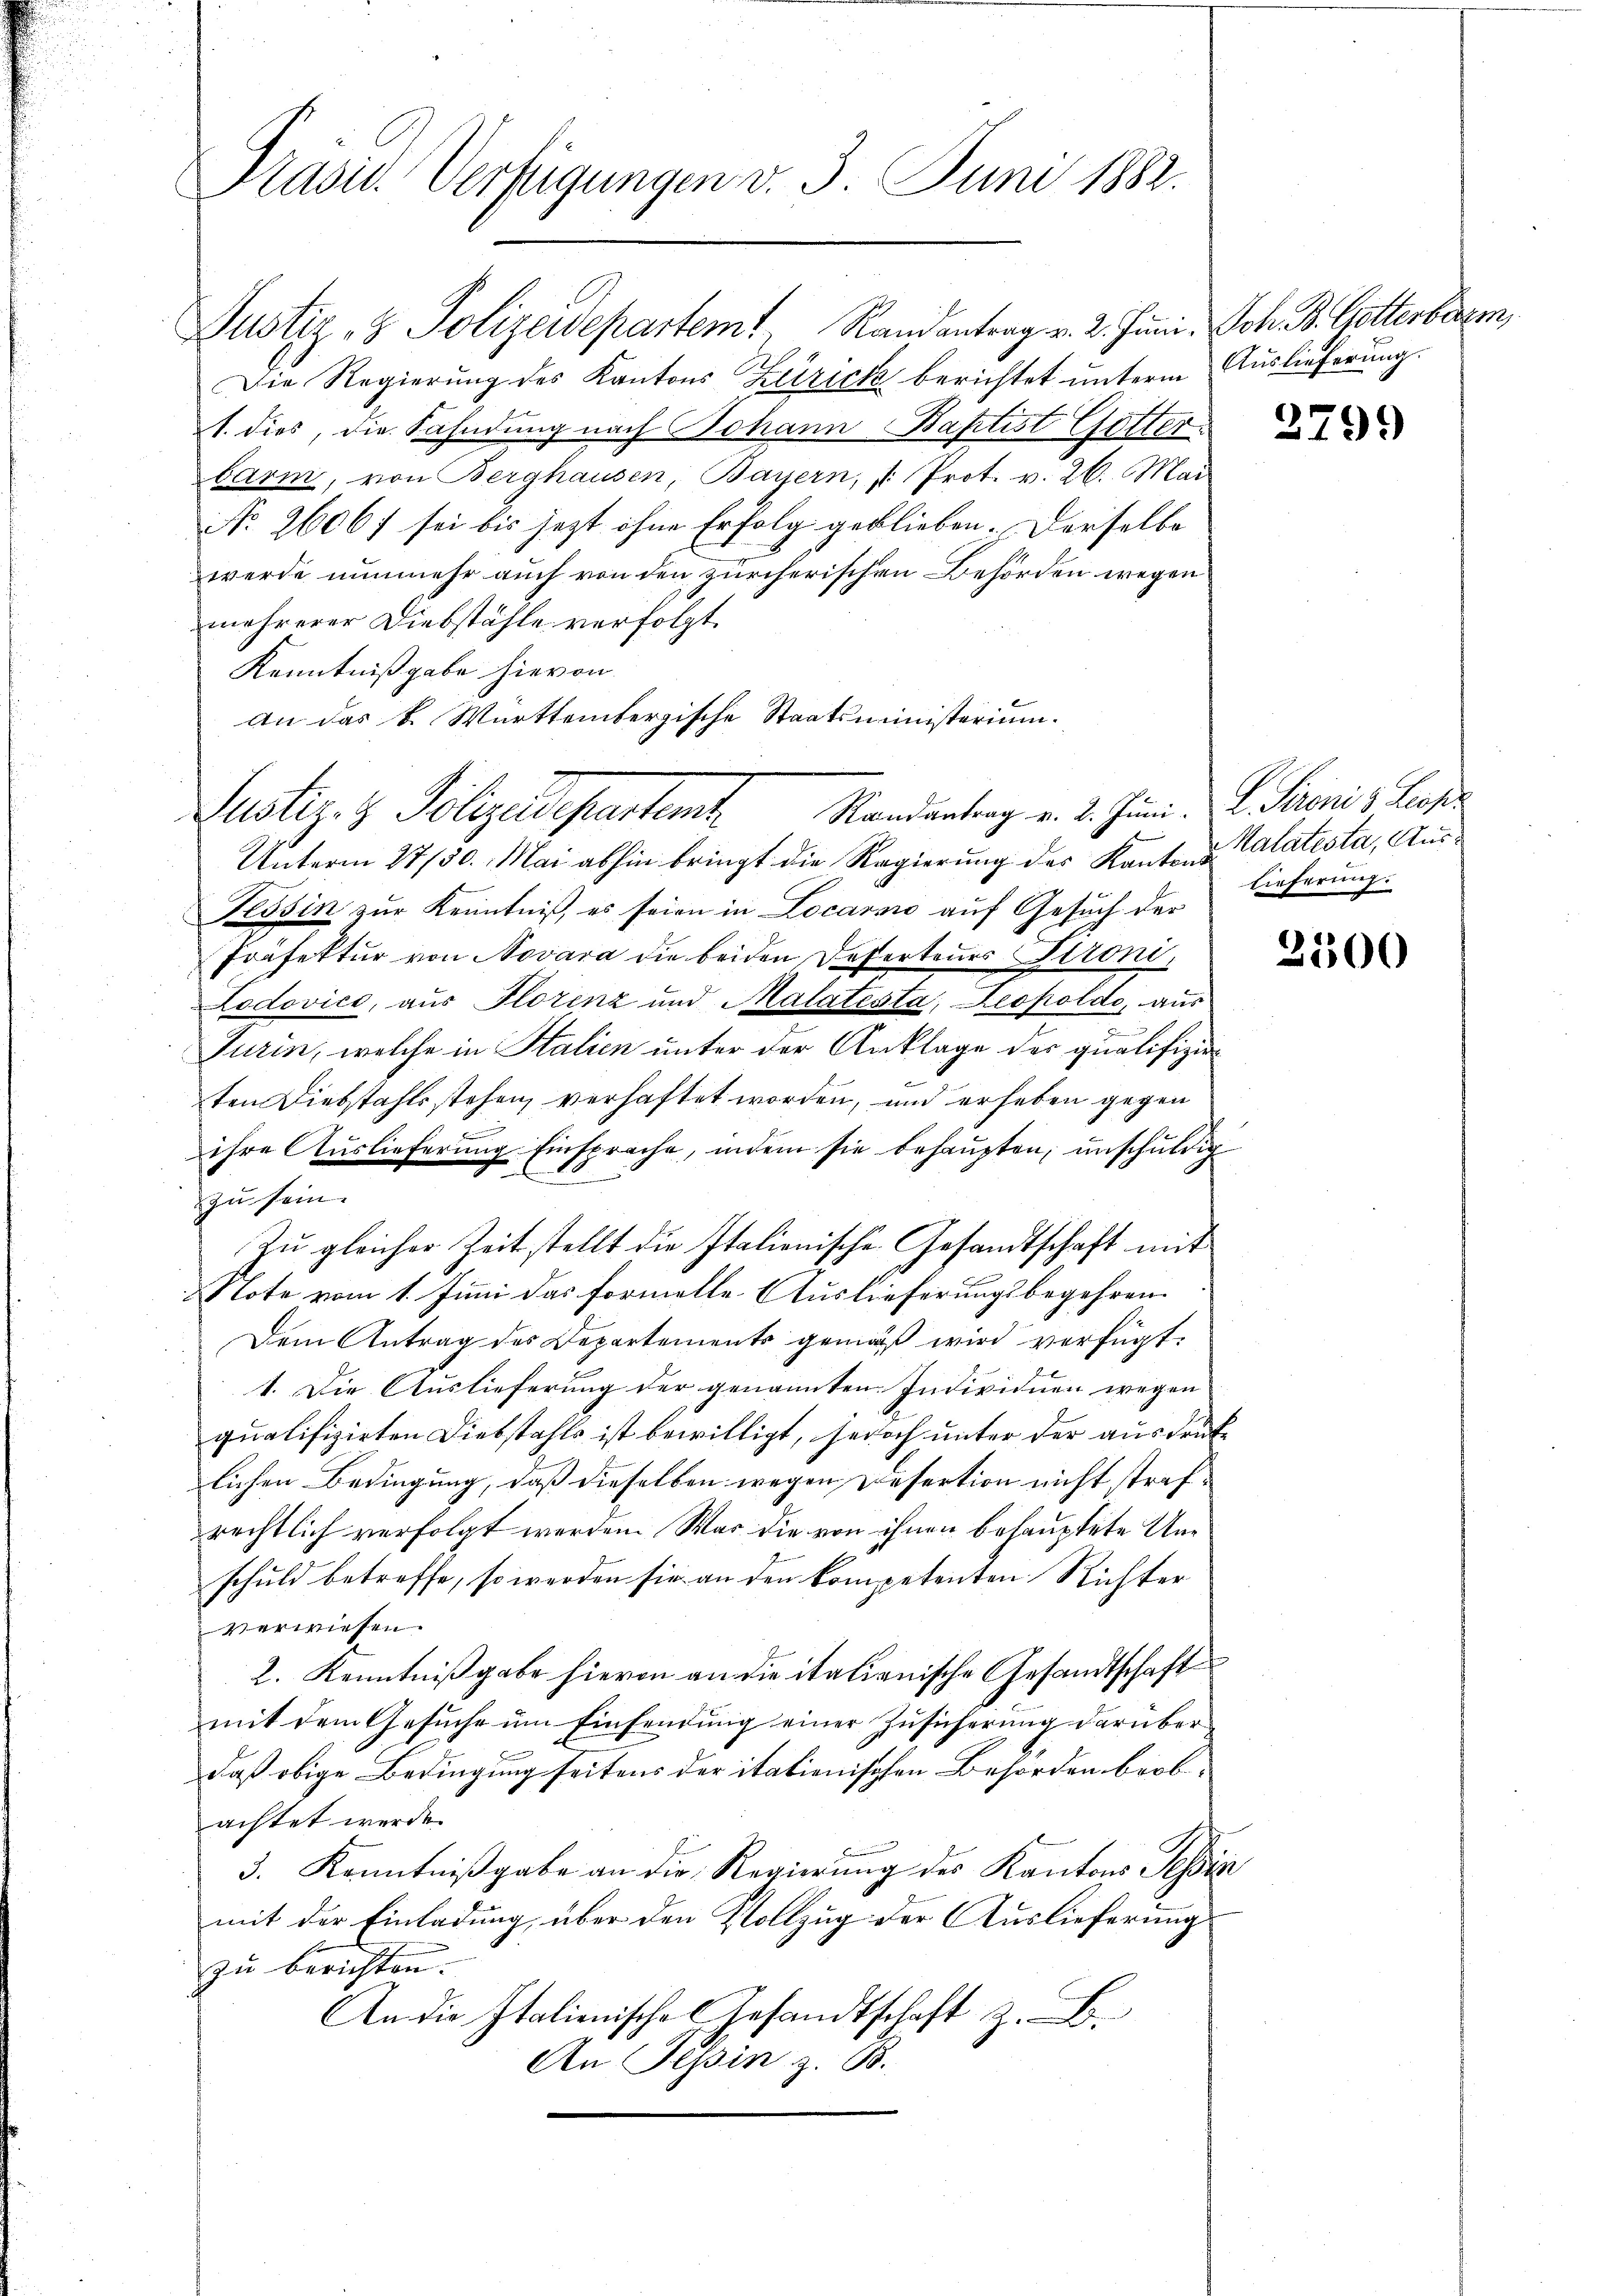
Prasis Verfügungen v. 3. Juni 1882.

Justiz- & Polizeidepartemt, Randantrag v. 2. Juni, Joh. B. Gotterberem
Die Regierŭng des Kantons Zürick berichtet unterm Auslieferung.
1. dies, die Fahndung nach Johann Baptist Götter
barm, von Berghausen, Bayern, " Prot. v. 26. Mai
No. 2606f sei bis jezt ohne Erfolg geblieben. Derselbe
werde nunmehr auch von den zürcherischen Behörden wegen
mehrerer Diebstähle verfolgt.
Kenntnißgabe hievon
An das k. Württembergische Staatsministerium.
Randantrag v. 2. Juni. L. Sironi s. Leopo
Justiz- & Polizeidepartamt
Unterm 27/30. Mai abhin bringt die Regierung des Kantons
Tessin zur Kenntniß, es seien in Locarno auf Gesuch der
Präfektur von Novara die beiden Deserteurs Stroni,
Lodovics, aus Florenz und Malatesta, Leopoldo, aus
Turin, welche in Stalien unter der Anklage der qualifizieten Diebstahls stehen, verhaftet worden, und erheben gegen
ihre Auslieferung Einsprache, indem sie behaupten, unschuldig
zu sein.
Zu gleicher Zeit stellt die Italienische Gesandtschaft mit
NNote vom 1. Juni das formelle Auslieferungsbegehren.
Dem Antrag des Departements gemäß wird verfügt:
1. Die Auslieferung der genannten Individuen wegen
qualifizirten Diebstahls ist bewilligt, jedoch unter der ausdruck
lichen Bedingung, daß dieselben wegen Desertion nicht strafrechtlich verfolgt werden. War die von ihnen behauptete Unschuld betreffe, so werden sie an den kompetenten Richter
verwiesen.
2. Kenntnißgabe hievon an die italienische Gesandtschaft
mit dem Gesuche um Einsendung einer Zusicherung darüber
daß obige Bedingung seitens der itationischen Behörden beobachtet werde.
3. Kenntnißgabe an die Regierung des Kantons Tessin
mit der Einladung über den Vollzug der Auslieferung
zu berichten.
An die Italienische Gesandtschaft z. B.
An Pepin z. B.

2799

Malatesta, Aus¬
Lieferung.

2100